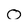
Character: o